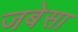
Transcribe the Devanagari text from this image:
जबेसा